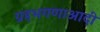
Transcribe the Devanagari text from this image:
ग्रहभगणाआदी